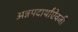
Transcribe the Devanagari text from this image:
अन्नपदार्थांऐवजी